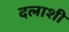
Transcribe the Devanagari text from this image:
दलाशी